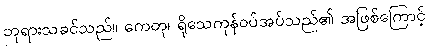
ဘုရားသခင်သည်။ ကေတု၊ ရိုသေကုန်ဝပ်အပ်သည်၏ အဖြစ်ကြောင့်